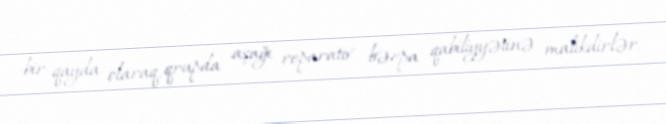
bir qayda olaraq, qrupda aşağı reparativ bərpa qabiliyyətinə malikdirlər.